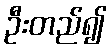
ဦးတည်၍